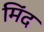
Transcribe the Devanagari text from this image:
मिंद